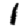
Digit: 1